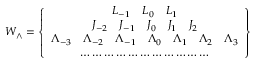
W _ { \wedge } = \left\{ \begin{array} { c } { { L _ { - 1 } \quad L _ { 0 } \quad L _ { 1 } } } \\ { { J _ { - 2 } \quad J _ { - 1 } \quad J _ { 0 } \quad J _ { 1 } \quad J _ { 2 } } } \\ { { \Lambda _ { - 3 } \quad \Lambda _ { - 2 } \quad \Lambda _ { - 1 } \quad \Lambda _ { 0 } \quad \Lambda _ { 1 } \quad \Lambda _ { 2 } \quad \Lambda _ { 3 } } } \\ { { \ldots \ldots \ldots \ldots \ldots \ldots \ldots \ldots \ldots \ldots \ldots } } \end{array} \right\}